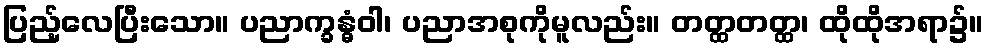
ပြည့်လေပြီးသော။ ပညာက္ခန္ဓံဝါ၊ ပညာအစုကိုမူလည်း။ တတ္ထတတ္ထ၊ ထိုထိုအရာ၌။